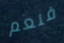
فنعم